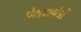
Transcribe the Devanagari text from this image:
प्रेक्षणयंत्रों